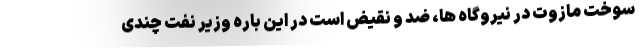
سوخت مازوت در نیروگاه ها، ضد و نقیض است در این باره وزیر نفت چندی